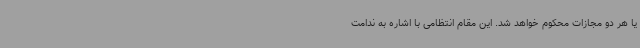
یا هر دو مجازات محکوم خواهد شد. این مقام انتظامی با اشاره به ندامت